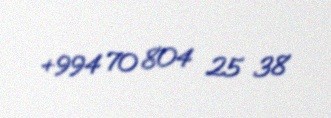
+994 70 804 25 38